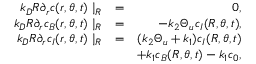
\begin{array} { r l r } { k _ { D } R \partial _ { r } c ( r , \theta , t ) \mid _ { R } } & { = } & { 0 , } \\ { k _ { D } R \partial _ { r } c _ { B } ( r , \theta , t ) \mid _ { R } } & { = } & { - k _ { 2 } \Theta _ { u } c _ { I } ( R , \theta , t ) , } \\ { k _ { D } R \partial _ { r } c _ { I } ( r , \theta , t ) \mid _ { R } } & { = } & { ( k _ { 2 } \Theta _ { u } + k _ { 1 } ) c _ { I } ( R , \theta , t ) } \\ & { } & { + k _ { 1 } c _ { B } ( R , \theta , t ) - k _ { 1 } c _ { 0 } , } \end{array}